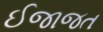
ઈજાજત